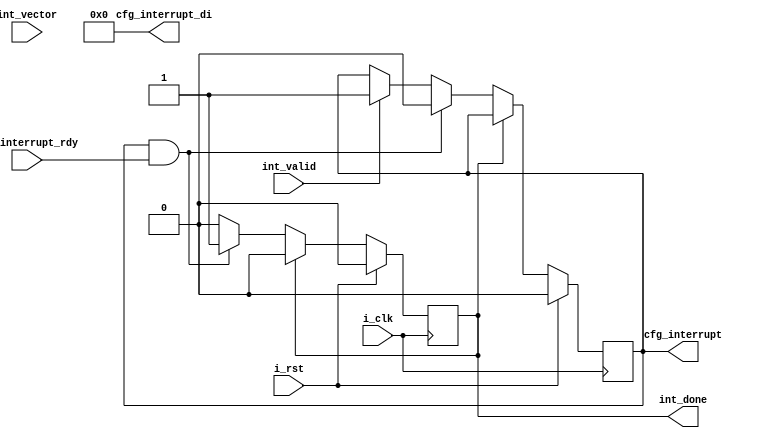
module InterruptController (
	input wire i_clk,
	input wire i_rst,

    // Interrupt output
    output reg cfg_interrupt,
    output wire [7:0] cfg_interrupt_di,
    input wire cfg_interrupt_rdy,

    // Interrupt input
    input wire int_valid,
    input wire [7:0] int_vector,
    output reg int_done
);

assign cfg_interrupt_di = 0;

always @(posedge i_clk) begin
	if (i_rst) begin
		cfg_interrupt <= 0;
		int_done <= 0;
	end
	else begin
		if(int_done) begin
			int_done <= 0;
		end else if(cfg_interrupt && cfg_interrupt_rdy) begin
			cfg_interrupt <= 0;
			int_done <= 1;
		end else if(int_valid) begin
			cfg_interrupt <= 1;
		end 
	end
end

endmodule